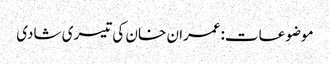
موضوعات:عمران خان کی تیسری شادی